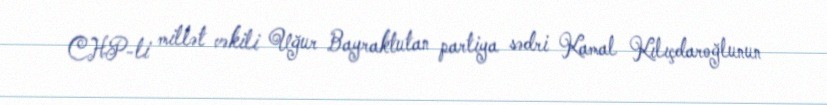
CHP-li millət vəkili Uğur Bayraktutan partiya sədri Kamal Kılıçdaroğlunun